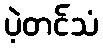
ပဲ့တင်သံ